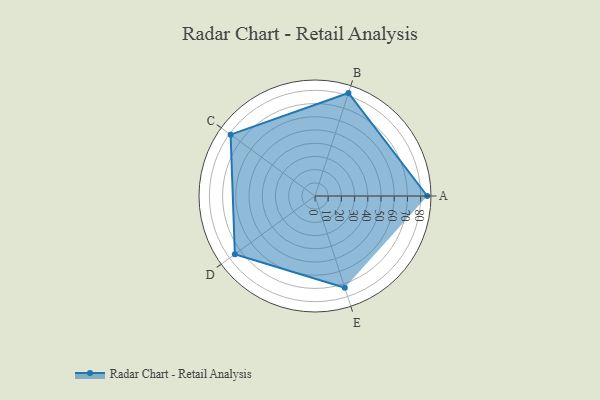
{"axis": {"x": "Skill", "y": "Score"}, "legend": ["Profile"], "data": [{"x": "A", "y": 85.0, "type": "Profile"}, {"x": "B", "y": 82.0, "type": "Profile"}, {"x": "C", "y": 79.0, "type": "Profile"}, {"x": "D", "y": 75.0, "type": "Profile"}, {"x": "E", "y": 73.0, "type": "Profile"}]}